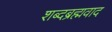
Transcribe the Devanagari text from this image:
शब्दब्रह्मवाद